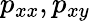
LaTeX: p_{xx},p_{xy}